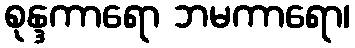
စုန္ဒကာရော ဘမကာရော၊